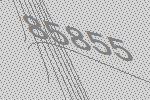
85855